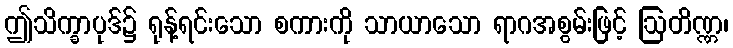
ဤသိက္ခာပုဒ်၌ ရုန့်ရင်းသော စကားကို သာယာသော ရာဂအစွမ်းဖြင့် ဩတိဏ္ဏ၊